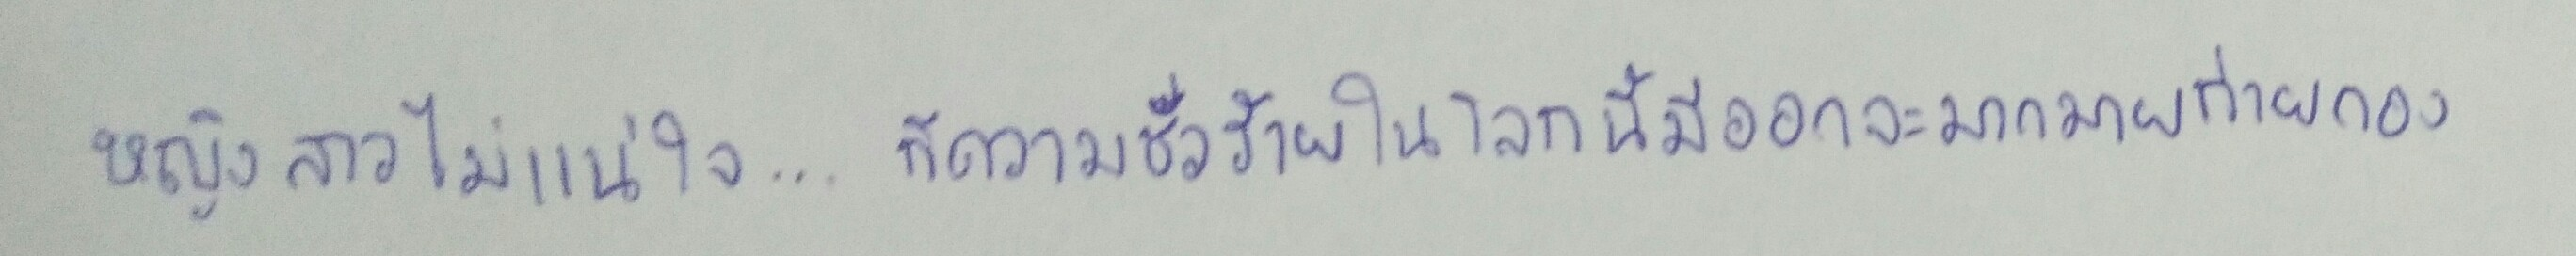
หญิงสาวไม่แน่ใจ...ก็ความชั่วร้ายในโลกนี้มีออกจะมากมายก่ายกอง